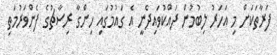
ފަރާތަކަށް މި އަހަރު ލިބުމުން ދައްކުވައިދެނީ އެ ގައުމުގައި ހިންގާ ރިސާޗުގެ ފެންވަރުމަތި